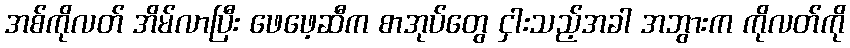
အစ်ကိုလတ် အိမ်လာပြီး ဖေဖေ့ဆီက စာအုပ်တွေ ငှါးသည့်အခါ အဘွားက ကိုလတ်ကို